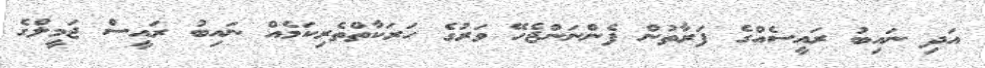
އަދި ނައިބު ރައީސެއްގެ ފަރާތުން ފެންނަންޖެހޭ ވަރުގެ ހަރަކާތްތެރިކަމެއް ނައިބު ރައީސް ޖަމީލްގެ